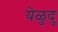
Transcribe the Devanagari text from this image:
येळुदु